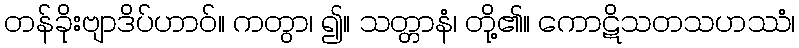
တန်ခိုးဗျာဒိပ်ဟာဝ်။ ကတွာ၊ ၍။ သတ္တာနံ၊ တို့၏။ ကောဋိသတသဟဿံ၊